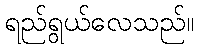
ရည်ရွယ်လေသည်။